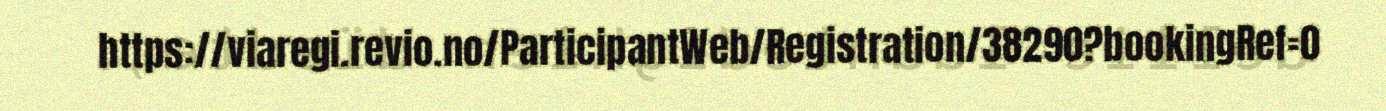
https://viaregi.revio.no/ParticipantWeb/Registration/38290?bookingRef=0